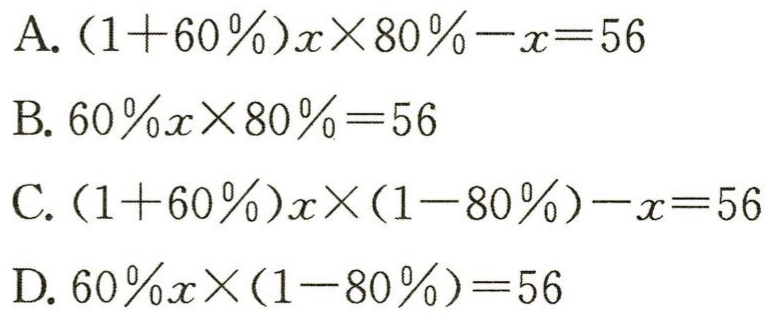
A. \((1 + 60\%)x\times80\% - x = 56\)
B. \(60\%x\times80\% = 56\)
C. \((1 + 60\%)x\times(1 - 80\%) - x = 56\)
D. \(60\%x\times(1 - 80\%) = 56\)